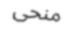
منحى